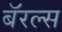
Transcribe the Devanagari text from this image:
बॅरल्स